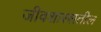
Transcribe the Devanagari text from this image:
जीवशास्त्रातील